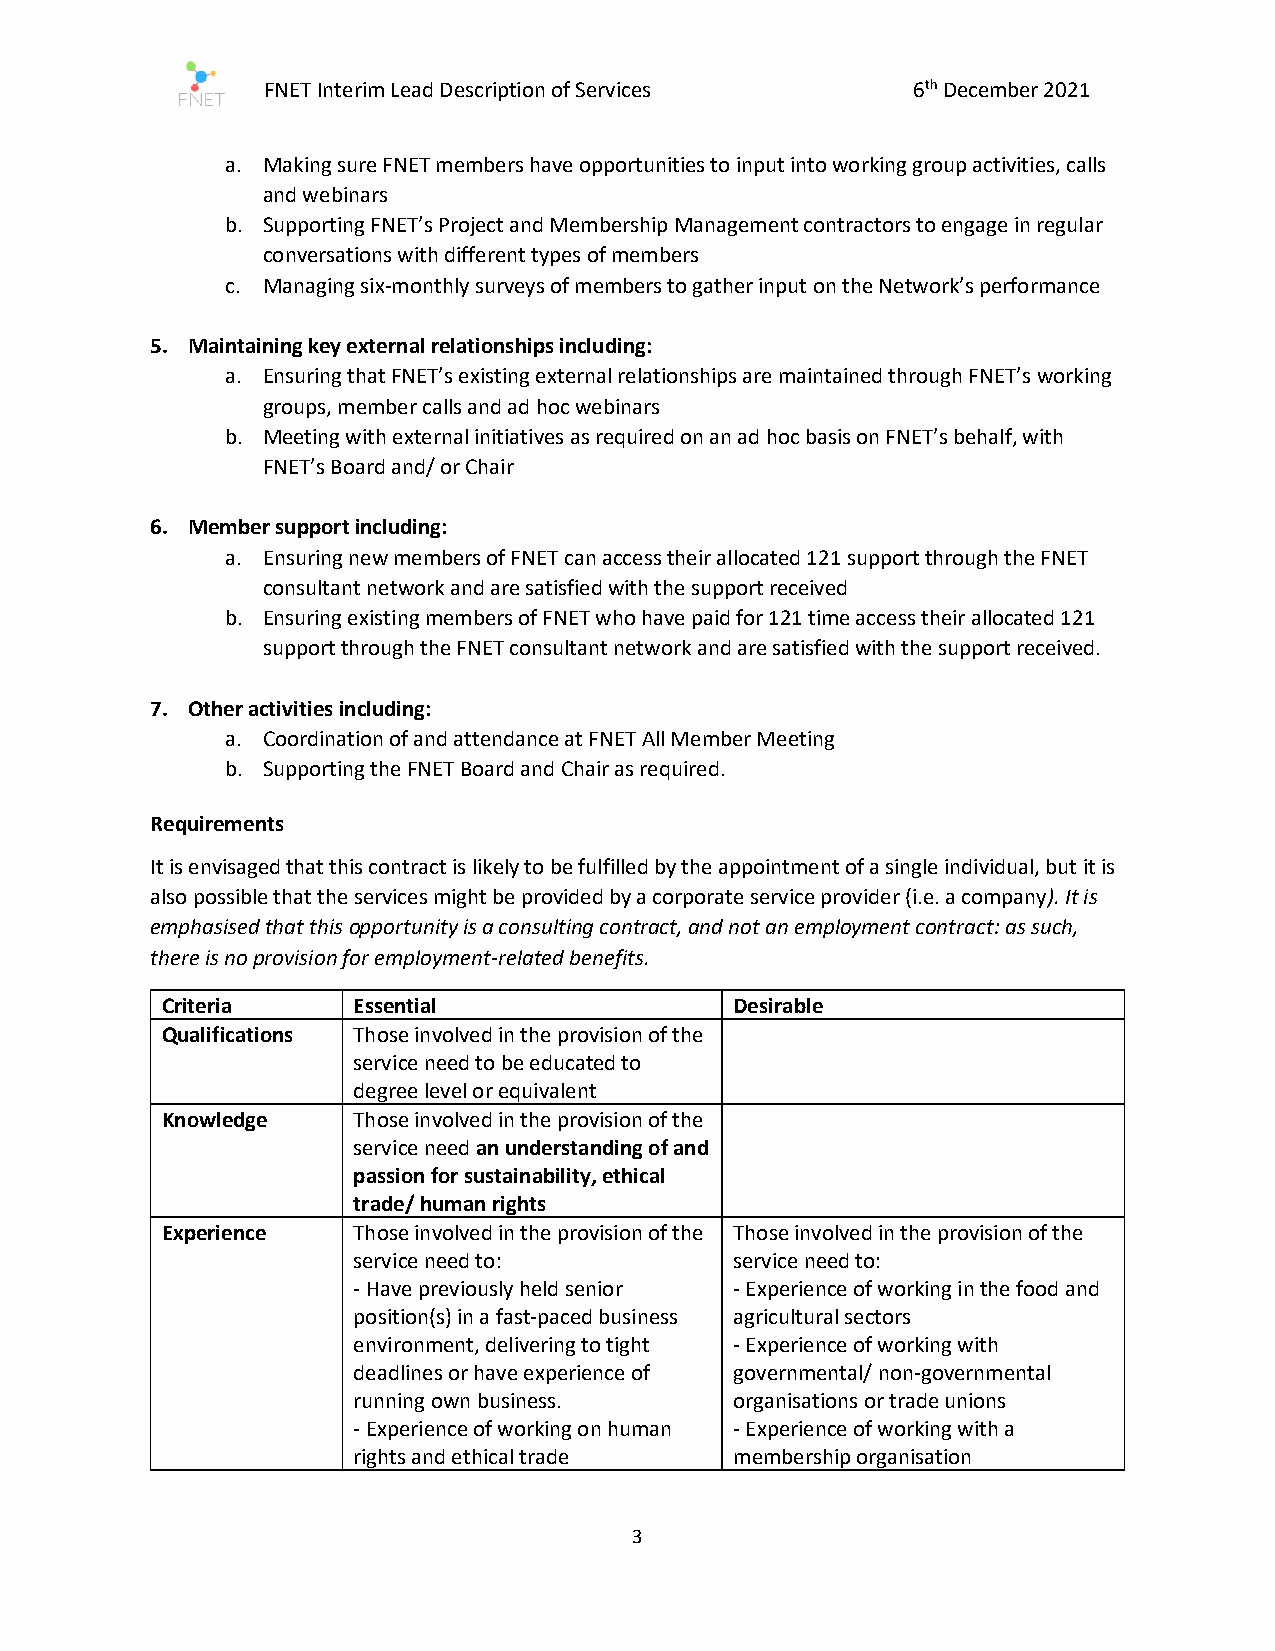
FNET Interim Lead Description of Services  6th December 2021
 a. Making sure FNET members have opportunities to input into working group activities, calls
 and webinars
 b. Supporting FNET’s Project and Membership Management contractors to engage in regular
 conversations with different types of members
 c. Managing six-monthly surveys of members to gather input on the Network’s performance
 5. Maintaining key external relationships including:
 a. Ensuring that FNET’s existing external relationships are maintained through FNET’s working
 groups, member calls and ad hoc webinars
 b. Meeting with external initiatives as required on an ad hoc basis on FNET’s behalf, with
 FNET’s Board and/ or Chair
 6. Member support including:
 a. Ensuring new members of FNET can access their allocated 121 support through the FNET
 consultant network and are satisfied with the support received
 b. Ensuring existing members of FNET who have paid for 121 time access their allocated 121
 support through the FNET consultant network and are satisfied with the support received.
 7. Other activities including:
 a. Coordination of and attendance at FNET All Member Meeting
 b. Supporting the FNET Board and Chair as required.
 Requirements
 It is envisaged that this contract is likely to be fulfilled by the appointment of a single individual, but it is
 also possible that the services might be provided by a corporate service provider (i.e. a company). It is
 emphasised that this opportunity is a consulting contract, and not an employment contract: as such,
 there is no provision for employment-related benefits.
 Criteria    Essential                 Desirable
 Qualifications Those involved in the provision of the
 service need to be educated to
 degree level or equivalent
 Knowledge   Those involved in the provision of the
 service need an understanding of and
 passion for sustainability, ethical
 trade/ human rights
 Experience  Those involved in the provision of the Those involved in the provision of the
 service need to:          service need to:
 - Have previously held senior - Experience of working in the food and
 position(s) in a fast-paced business agricultural sectors
 environment, delivering to tight - Experience of working with
 deadlines or have experience of governmental/ non-governmental
 running own business.     organisations or trade unions
 - Experience of working on human - Experience of working with a
 rights and ethical trade  membership organisation
 3